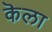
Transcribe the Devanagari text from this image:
कॆला